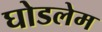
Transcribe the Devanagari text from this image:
घोडलेम